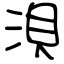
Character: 浿